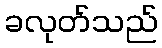
ခလုတ်သည်